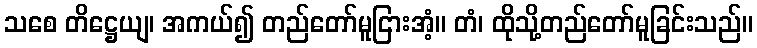
သစေ တိဋ္ဌေယျ၊ အကယ်၍ တည်တော်မူငြားအံ့။ တံ၊ ထိုသို့တည်တော်မူခြင်းသည်။